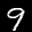
Label: 9